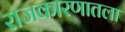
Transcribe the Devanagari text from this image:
राजकारणातला